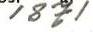
1871